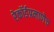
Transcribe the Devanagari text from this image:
रेकॉर्डप्रमाणेच